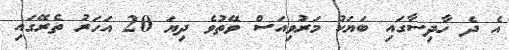
އެ ދެ ހާދިސާގައި ބަޔަކު މަރުވިއަސް ވޭތުވެ ދިޔަ 20 އަހަރު ތެރޭގައި